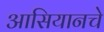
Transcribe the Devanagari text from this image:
आसियानचे